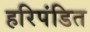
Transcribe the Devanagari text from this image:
हरिपंडित